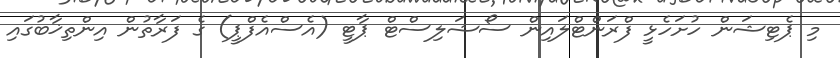
މި ޕެޓިޝަން ހުށަހެޅީ ފްރަންޓްލައިން ސޯޝަލިސްޓް ޕާޓީ (އެސްއެފްޕީ) ގެ ފަރާތުން އިންތިޚާބުގައި